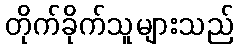
တိုက်ခိုက်သူများသည်